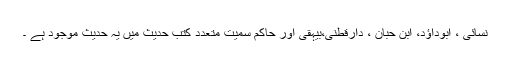
نسائی ، ابوداؤد، ابن حبان ، دارقطنی،بیہقی اور حاکم سمیت متعدد کتب حدیث میں یہ حدیث موجود ہے ۔